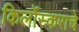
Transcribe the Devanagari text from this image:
किर्लोस्कराचे